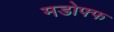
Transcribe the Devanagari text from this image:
मडोफ्फ